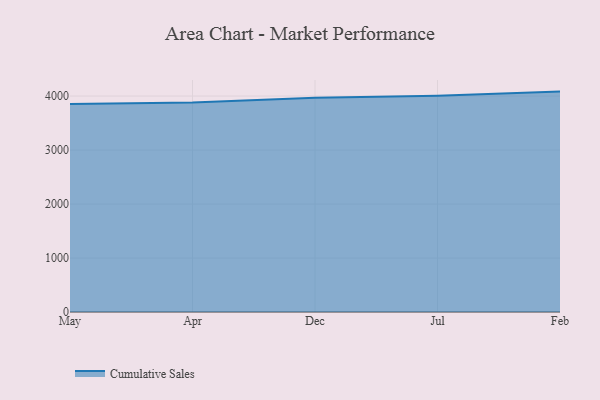
{"axis": {"x": "Month", "y": "Customer Acquisition Cost (USD)"}, "legend": ["Cumulative Sales"], "data": [{"x": "May", "y": 3852.0, "type": "Cumulative Sales"}, {"x": "Apr", "y": 3880.0, "type": "Cumulative Sales"}, {"x": "Dec", "y": 3968.2, "type": "Cumulative Sales"}, {"x": "Jul", "y": 4005.1, "type": "Cumulative Sales"}, {"x": "Feb", "y": 4082.7, "type": "Cumulative Sales"}]}